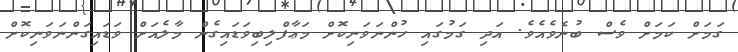
ގަމަށް ކަމަށް ވެސް ބުނެވެއެވެ. އަދި ގަމުގައި ހުންނަވަނިކޮށް މަޢާފްލިބިވަޑައިގެން މާލެއަށް ވަޑައިގަންނަވަނިކޮށް